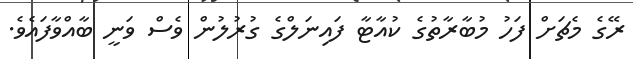
ރޭގެ މެޗަށް ފަހު މުބާރާތުގެ ކުއާޓާ ފައިނަލްގެ ގުރުލުން ވެސް ވަނީ ބާއްވާފައެވެ.